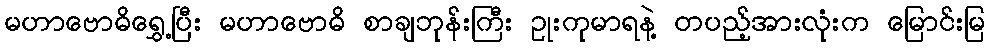
မဟာဗောဓိရွှေ့ပြီး မဟာဗောဓိ စာချဘုန်းကြီး ဥုးကုမာရနဲ့ တပည့်အားလုံးက မြောင်းမြ